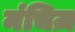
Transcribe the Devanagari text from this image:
मंचिज़